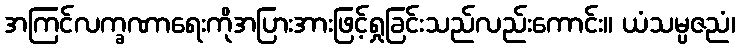
အကြင်လက္ခဏာရေးကိုအပြားအားဖြင့်ရှုခြင်းသည်လည်းကောင်း။ ယံသမ္ပဇညံ၊